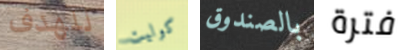
للهدف كوليت بالصندوق فترة